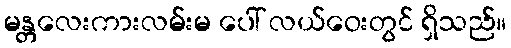
မန္တလေးကားလမ်းမ ပေါ် လယ်ဝေးတွင် ရှိသည်။